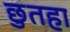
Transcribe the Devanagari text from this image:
छुतहा